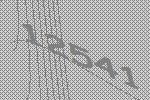
12541